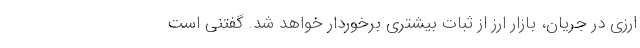
ارزی در جریان، بازار ارز از ثبات بیشتری برخوردار خواهد شد. گفتنی است